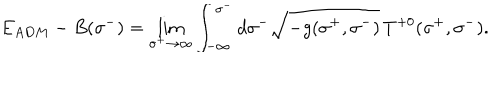
E _ { A D M } - B ( \sigma ^ { - } ) = \lim _ { \sigma ^ { + } \to \infty } \int _ { - \infty } ^ { \sigma ^ { - } } d \sigma ^ { - } \sqrt { - g ( \sigma ^ { + } , \sigma ^ { - } ) } \, T ^ { + 0 } ( \sigma ^ { + } , \sigma ^ { - } ) .